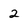
Character: 2